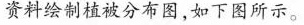
资料绘制植被分布图，如下图所示。